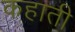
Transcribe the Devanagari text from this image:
कहाती